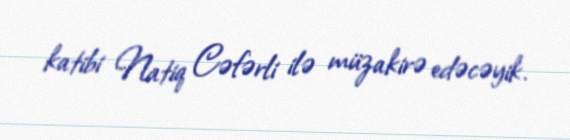
katibi Natiq Cəfərli ilə müzakirə edəcəyik.